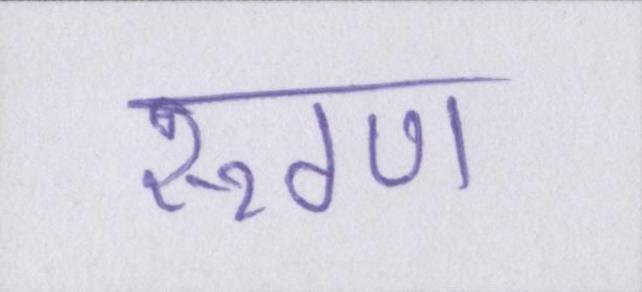
रूग्ण